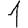
Digit: 1